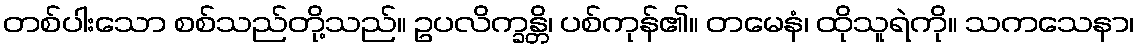
တစ်ပါးသော စစ်သည်တို့သည်။ ဥပလိက္ခန္တိ၊ ပစ်ကုန်၏။ တမေနံ၊ ထိုသူရဲကို။ သကသေနာ၊